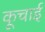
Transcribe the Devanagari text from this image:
कूचाई